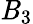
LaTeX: \mathit{B}_{3}